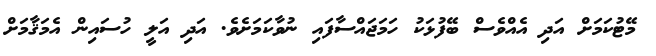
މޭޓުކަމަށް އަދި އެއްވެސް ބޭފުޅަކު ހަމަޖައްސާފައި ނުވާކަމަށެވެ. އަދި އަލީ ހުސައިން އެމަޤާމަށް